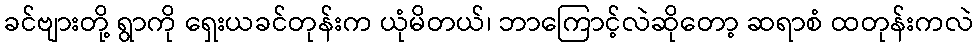
ခင်ဗျားတို့ ရွာကို ရှေးယခင်တုန်းက ယုံမိတယ်၊ ဘာကြောင့်လဲဆိုတော့ ဆရာစံ ထတုန်းကလဲ